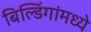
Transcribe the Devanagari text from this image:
बिल्डिंगांमध्ये